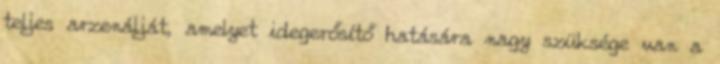
teljes arzenálját, amelyet idegerősítő hatására nagy szüksége van a